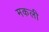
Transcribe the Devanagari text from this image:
मकली